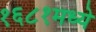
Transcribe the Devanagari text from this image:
१६८१मध्ये